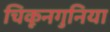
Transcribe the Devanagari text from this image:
चिकूनगुनिया